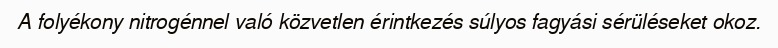
A folyékony nitrogénnel való közvetlen érintkezés súlyos fagyási sérüléseket okoz.